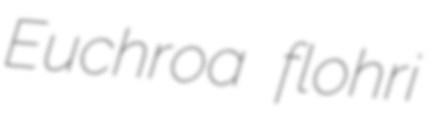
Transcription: Euchroa flohri